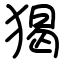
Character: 猲